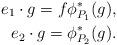
LaTeX: \begin{align*}e_1 \cdot g = f\phi_{P_1}^*(g),\\ e_2 \cdot g= \phi_{P_2}^*(g).\end{align*}